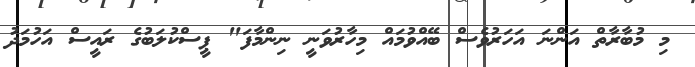
މި މުބާރާތް އަންނަ އަހަރުވެސް ބޭއްވުމައް މިހާރުވަނީ ނިންމާފަ" ޕީސްކުލަބުގެ ރައީސް އަހުމަދު